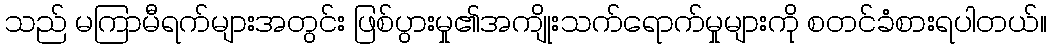
သည် မကြာမီရက်များအတွင်း ဖြစ်ပွားမှု၏အကျိုးသက်ရောက်မှုများကို စတင်ခံစားရပါတယ်။